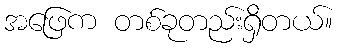
အဖြေက တစ်ခုတည်းရှိတယ်။